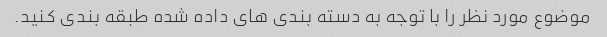
موضوع مورد نظر را با توجه به دسته بندی های داده شده طبقه بندی کنید.